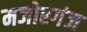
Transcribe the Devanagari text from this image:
मजोरगंज